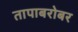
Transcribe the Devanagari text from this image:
तापाबरोबर